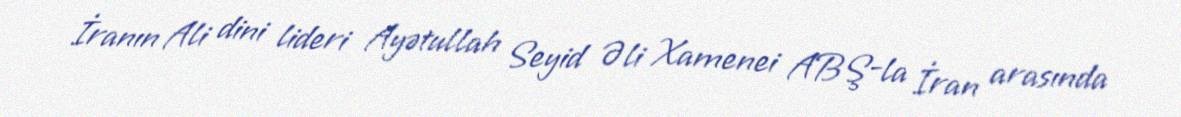
İranın Ali dini lideri Ayətullah Seyid Əli Xamenei ABŞ-la İran arasında